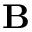
{ \bf B }